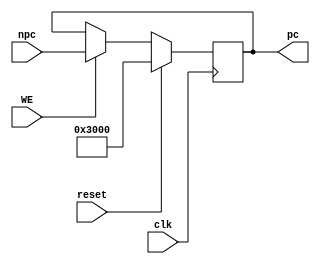
module pc(
    input clk,
    input reset,
    input WE,
    input [31:0] npc,
    output reg [31:0] pc
);

    initial pc = 32'h0000_3000;

    always @(posedge clk) begin
        if(reset) begin
            pc <= 32'h0000_3000;
        end
        else if(WE) begin
            pc <= npc;
        end
    end

endmodule // pc